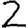
Digit: 2